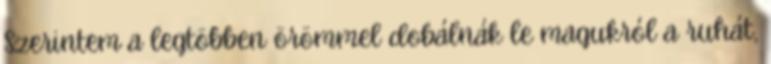
Szerintem a legtöbben örömmel dobálnák le magukról a ruhát,